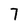
Character: 7